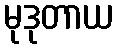
မုဒုတာယ